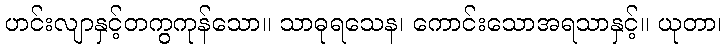
ဟင်းလျာနှင့်တကွကုန်သော။ သာဓုရသေန၊ ကောင်းသောအရသာနှင့်။ ယုတာ၊